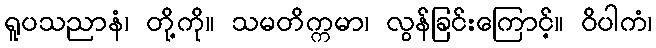
ရူပသညာနံ၊ တို့ကို။ သမတိက္ကမာ၊ လွန်ခြင်းကြောင့်။ ဝိပါကံ၊